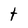
Character: t